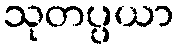
သုတပ္ပယာ